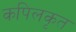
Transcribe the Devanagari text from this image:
कपिलकृत